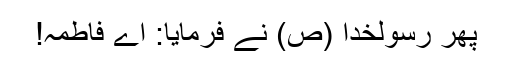
پھر رسولخدا (ص) نے فرمایا: اے فاطمہ!